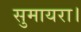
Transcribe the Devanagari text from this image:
सुमायरा।